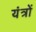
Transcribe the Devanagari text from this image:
यंंत्रों